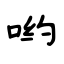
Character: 哟